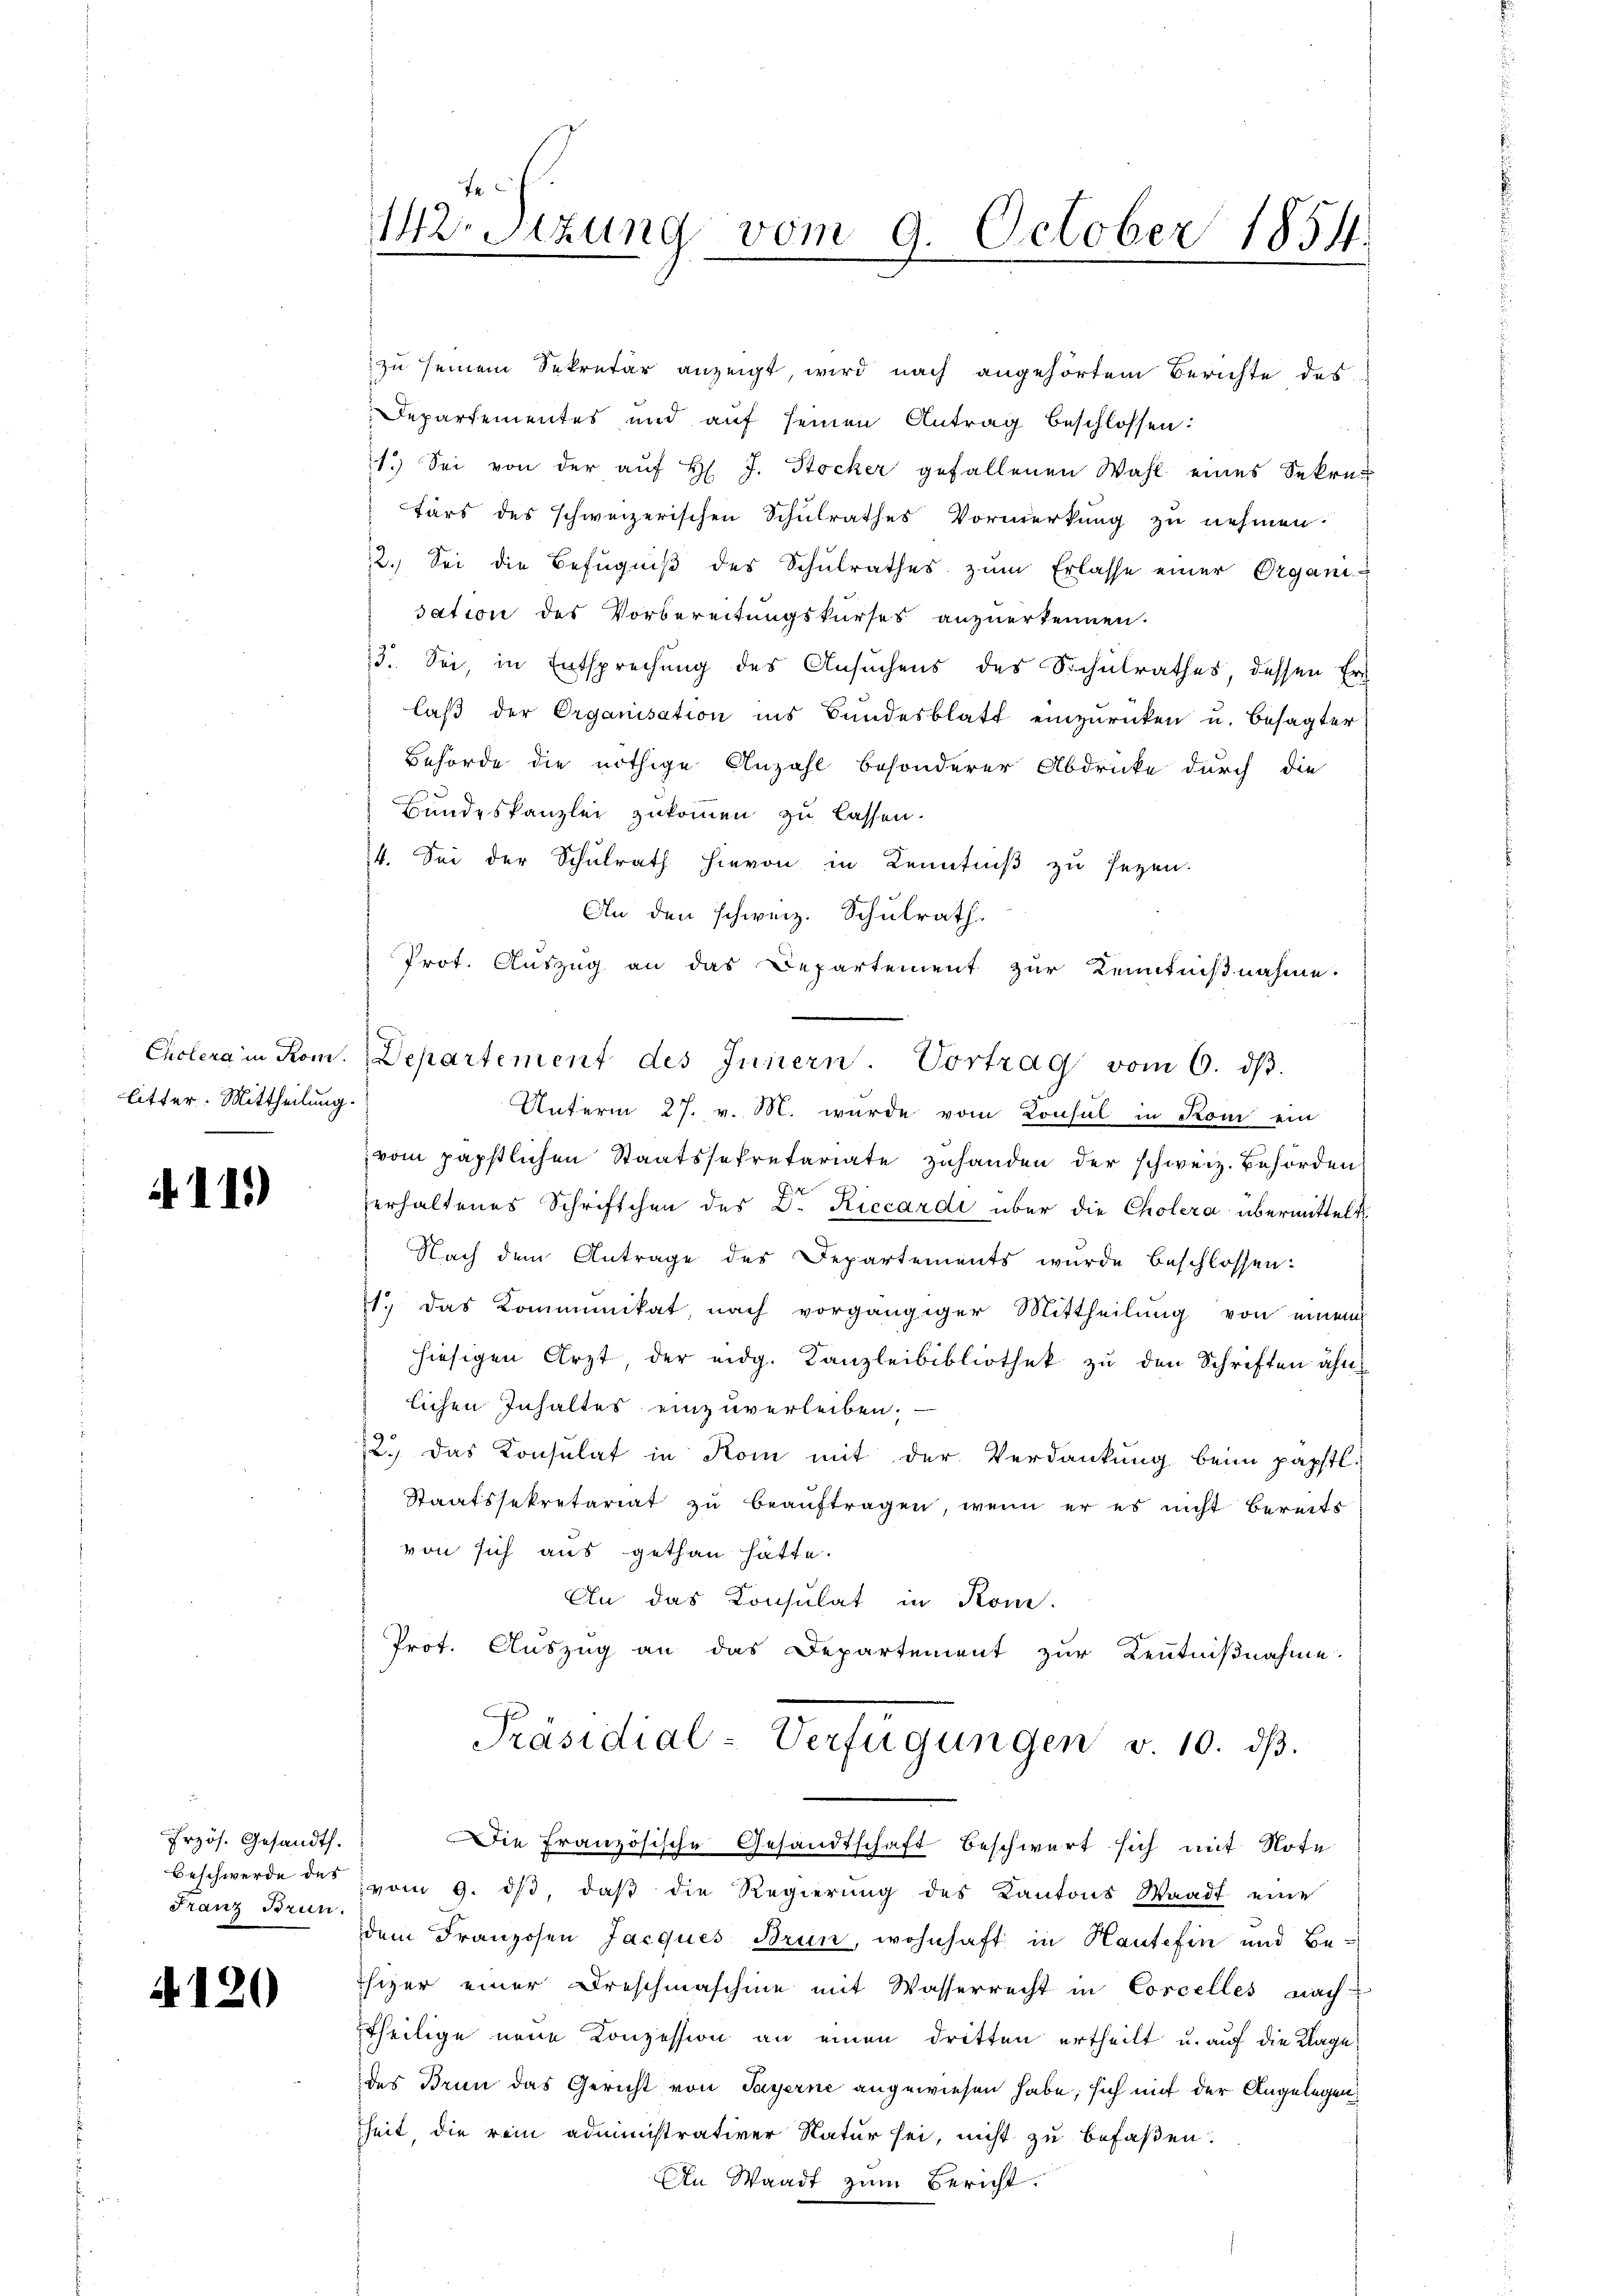
litter. Mittheilung.

115)

Przös. Gesandt.
Beschwerde der
Franz Brun.

A120

J
rStzung vom 9. October 1854.

zu seinem Sekretär anzeigt, wird nach angehörtem Berichte des
Departementes und aŭf seinen Antrag beschlossen:
11.) Sei von der auf H. J. Stocker gefallenen Wahl eines Sekretärs des schweizerischen Schulrathes Vormerkung zu nehmen.
12. Sei die Befugniß des Schulrathes zum Erlasse einer Organidation des Vorbereitungskurses anzuerkennen.
73. Sei, in Entsprechung des Ansuchens des Schulrathes dessen Erlaß der Organisation ins Bundesblatt einzurücken u. besagter
Behörde die nöthige Anzahl besonderer Abdrucke durch die
Bundeskanzlei zukommen zu lassen.
14. Sei der Schulrath hievon in Kenntniß zu setzen.
An den schweiz. Schulrath.
Prot. Auszug an das Departement zur Kenntnißnahme.
Unterm 27. v. M. wurde vom Konsul in Kom ein
vom päpstlichen Staatssekretariate zuhanden der schweiz. Behörden

zerhaltenes Schriftchen des Dr. Riccardi über die Cholera übermittelt
Nach dem Antrage des Departements wurde beschlossen:
1.) Das Kommunikat, nach vorgängiger Mittheilung von einem
hiesigen Arzt der eidg. Kanzleibibliothek zu den Schriften ahn
lichen Inhaltes einzuverleiben.
12.) Das Konsulat in Kom mit der Verdankung beim päpstl.
Staatssekretariat zu beauftragen, wenn er es nicht bereits
von sich aus gethan hätte.
An das Konsulat in Kone.
Prot. Auszug an das Departement zur Kenntnißnahme.
Präsidial-Verfügungen v. 10. dβ.
Die Französische Gesandtschaft beschwert sich mit Note
vom 9. dβ, daβ die Regierŭng des Kantons Waadt eine
dem Franzosen Jacques Brun, wohnhaft in Hausefin und Be-
hizer einer Dreschmaschine mit Wasserrecht in Corcelles nach
theilige neue Konzession an einen dritten ertheilt u. auf die Klage
des Brien das Gericht von Payerne angewiesen habe, sich mit der Angelegen:
hheit, die rein administrativer Natur sei, nicht zu befaßen.

Cholera in Rom. Departement des Innern. Vortrag vom 6. dβ.